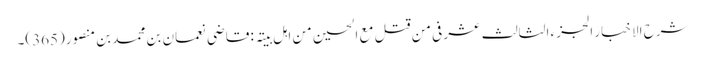
شرح الاخبار الجزء الثالث عشر فی من قتل مع الحسین من اہل بیتہ : قاضی نعمان بن محمد بن منصور(365)۔